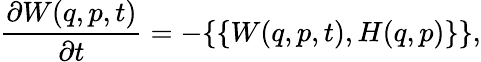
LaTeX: {\frac{\partial W(q,p,t)}{\partial t}}=-\{ \{ W(q,p,t),H(q,p)\} \} ,